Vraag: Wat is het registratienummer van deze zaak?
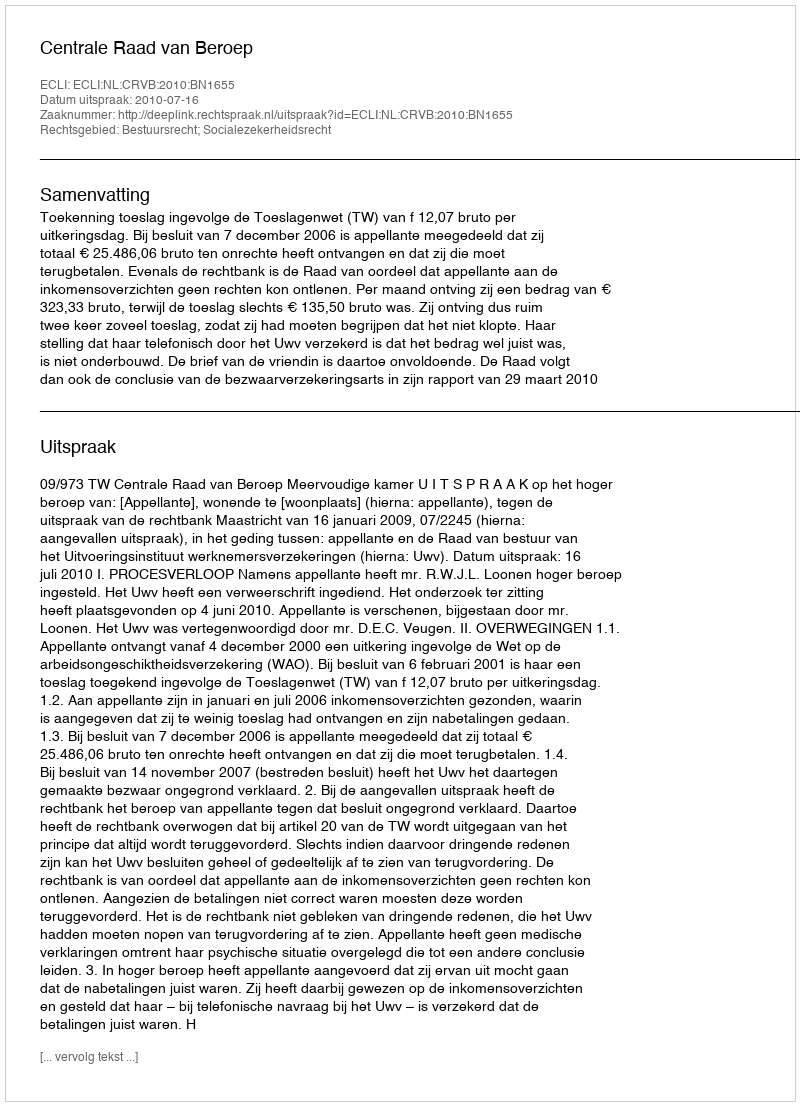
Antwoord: http://deeplink.rechtspraak.nl/uitspraak?id=ECLI:NL:CRVB:2010:BN1655